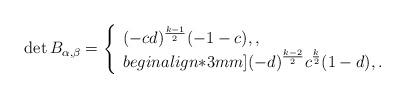
LaTeX: \begin{align*} \det B_{\alpha,\beta}=\left\{\begin{array}{l}\displaystyle (-cd)^{\frac{k-1}{2}}(-1-c), , \\begin{align*}3mm]\displaystyle (-d)^{\frac{k-2}{2}}c^{\frac{k}{2}}(1-d), .\end{array}\right.\end{align*}